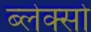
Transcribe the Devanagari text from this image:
ब्लेक्सो